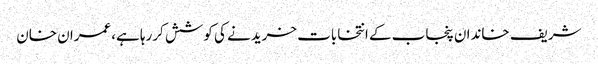
شریف خاندان پنجاب کے انتخابات خریدنے کی کوشش کررہا ہے،عمران خان